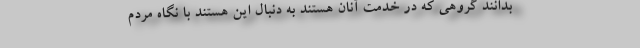
بدانند گروهی که در خدمت آنان هستند به دنبال این هستند با نگاه مردم